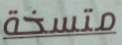
متسخة